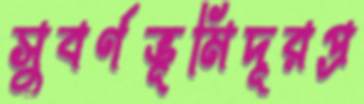
সুবর্ণভূমিদূরপ্র